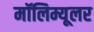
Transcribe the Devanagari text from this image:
मॉलिम्यूलर